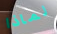
لماذا